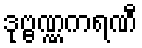
ဒုဗ္ဗဏ္ဏကရဏီ